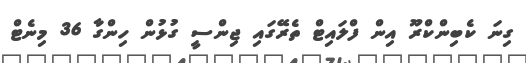
ގިނަ ކެބިންކްރޫ އިން ފްލައިޓް ތެރޭގައި ޖިންސީ ގުޅުން ހިންގާ 36 މިނެޓް